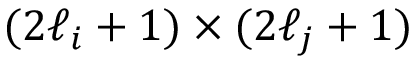
( 2 \ell _ { i } + 1 ) \times ( 2 \ell _ { j } + 1 )